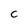
Character: C